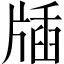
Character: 牐